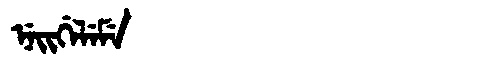
Manchu: ᠨᡝᡳᡤᡝᠯᡝᠮᡝ
Romanization: NEIGELEME